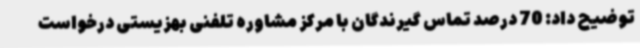
توضیح داد: 70 درصد تماس گیرندگان با مرکز مشاوره تلفنی بهزیستی درخواست